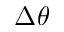
\Delta \theta